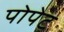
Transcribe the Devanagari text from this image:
पोपेट